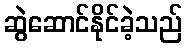
ဆွဲဆောင်နိုင်ခဲ့သည်